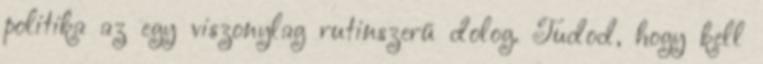
politika az egy viszonylag rutinszerű dolog. Tudod, hogy kell